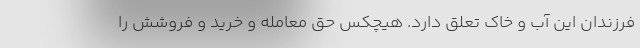
فرزندان این آب و خاک تعلق دارد. هیچکس حق معامله و خرید و فروشش را